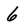
Character: 6